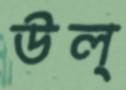
উল্